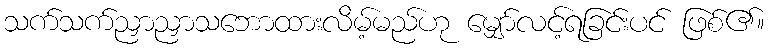
သက်သက်ညှာညှာသဘောထားလိမ့်မည်ဟု မျှော်လင့်ရခြင်းပင် ဖြစ်၏။